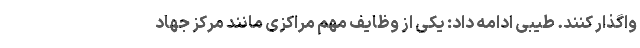
واگذار کنند. طیبی ادامه داد: یکی از وظایف مهم مراکزی مانند مرکز جهاد